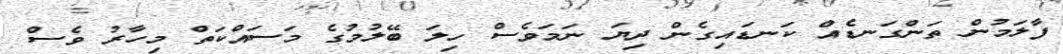
ފާލަމުން ތަންގަނޑެއް ކަނޑައިގެން ދިޔަ ނަމަވެސް ހިލަ ބޭލުމުގެ މަސައްކަތް މިހާރު ވެސް